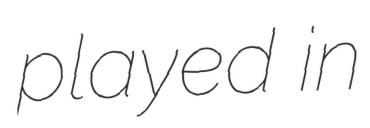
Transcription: played in